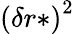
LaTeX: \left(\delta r*\right)^{2}